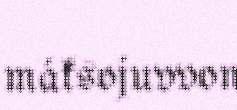
máksojuvvon